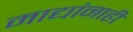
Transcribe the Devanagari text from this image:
माद्यांनाही